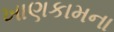
ખાણકામના